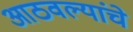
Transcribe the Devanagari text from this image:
आठवल्यांचे